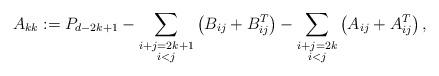
LaTeX: \begin{align*}A_{kk} := P_{d-2k+1}- \sum_{\substack{i+j=2k+1 \\ i<j}}\left( B_{ij}+B_{ij}^T \right) -\sum_{\substack{i+j=2k \\ i<j}}\left(A_{ij}+A_{ij}^T\right),\end{align*}